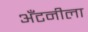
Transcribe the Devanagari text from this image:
अँटनीला